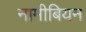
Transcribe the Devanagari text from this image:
नामीबियन